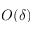
O ( \delta )